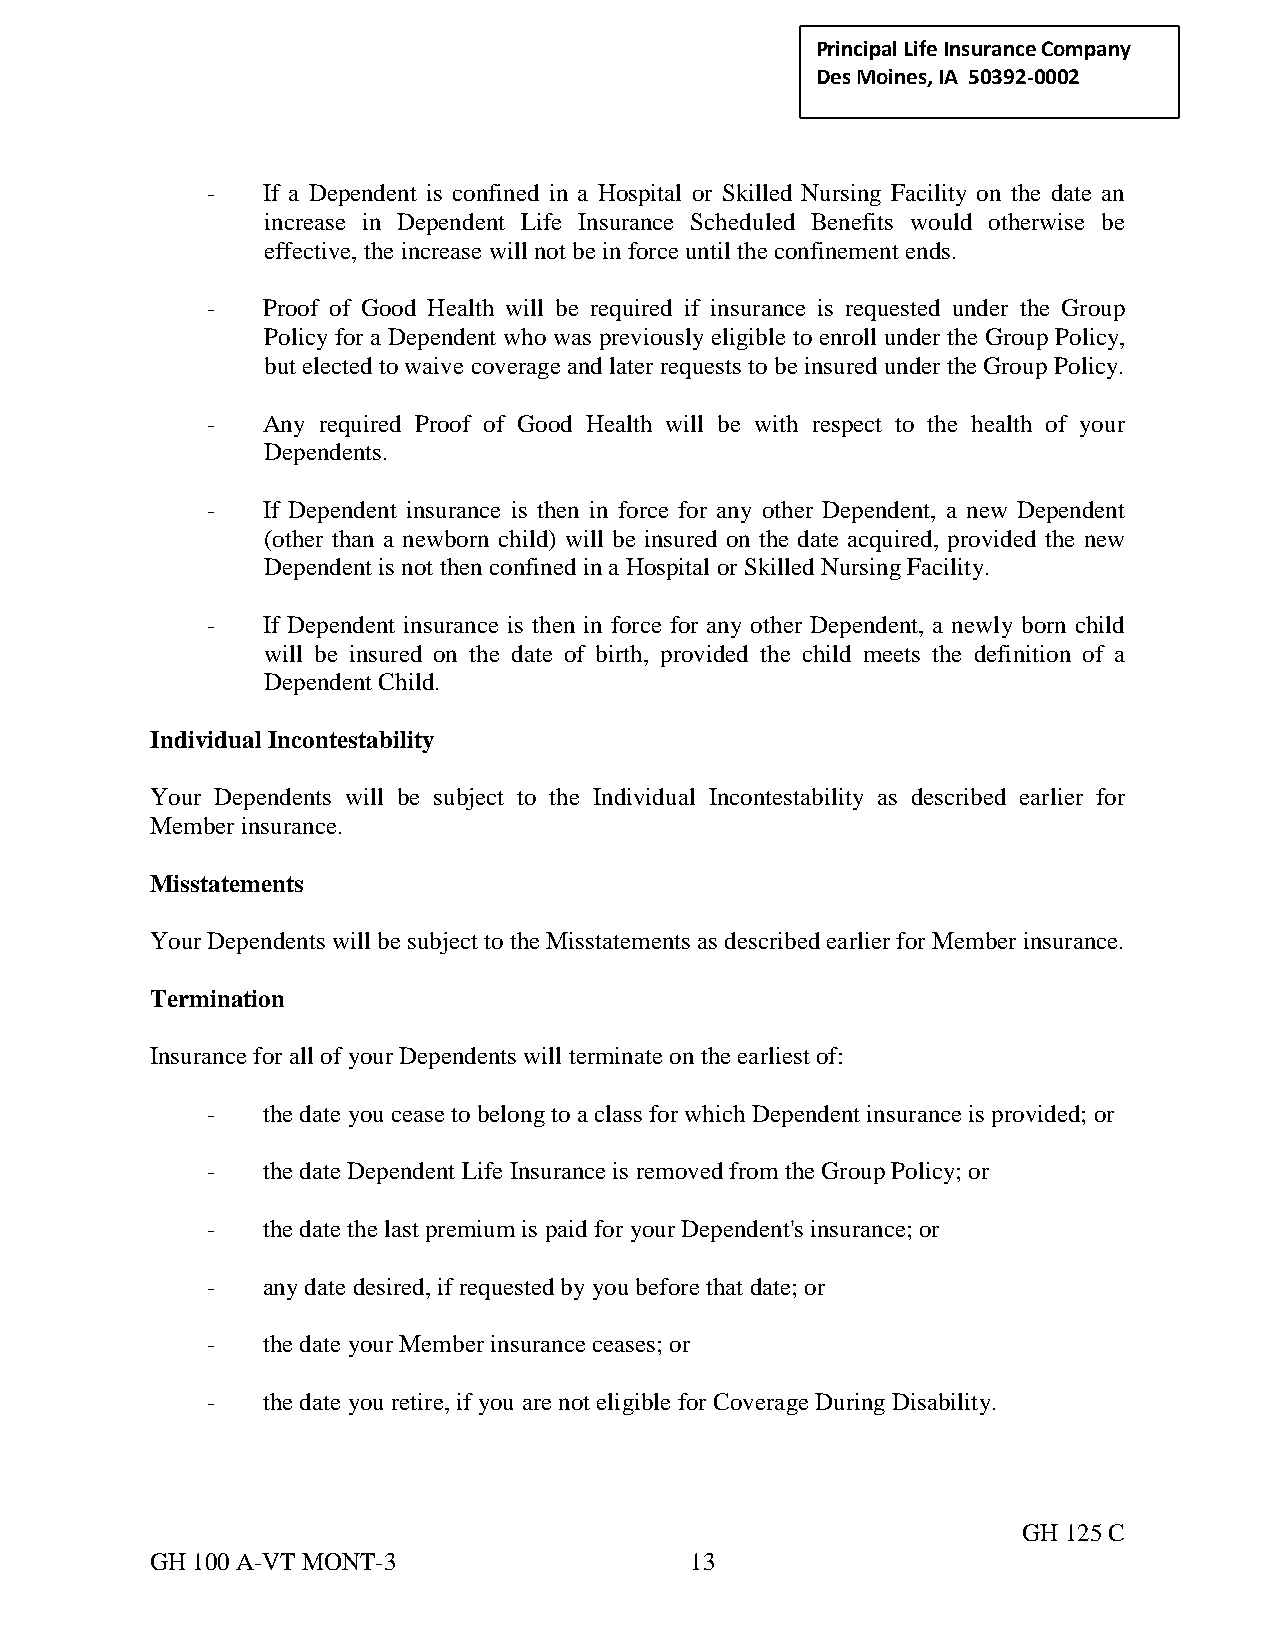
Principal Life Insurance C ompany
 Des Moines, IA 50392-0002
 -  If a Dependent is confined in a Hospital or Skilled Nursing Facility on the date an
 increase in Dependent Life Insurance Scheduled Benefits would otherwise be
 effective, the increase will not be in force until the confinement ends.
 -  Proof of Good Health will be required if insurance is requested under the Group
 Policy for a Dependent who was previously eligible to enroll under the Group Policy,
 but elected to waive coverage and later requests to be insured under the Group Policy.
 -  Any required Proof of Good Health will be with respect to the health of your
 Dependents.
 -  If Dependent insurance is then in force for any other Dependent, a new Dependent
 (other than a newborn child) will be insured on the date acquired, provided the new
 Dependent is not then confined in a Hospital or Skilled Nursing Facility.
 -  If Dependent insurance is then in force for any other Dependent, a newly born child
 will be insured on the date of birth, provided the child meets the definition of a
 Dependent Child.
 Individual Incontestability
 Your Dependents will be subject to the Individual Incontestability as described earlier for
 Member insurance.
 Misstatements
 Your Dependents will be subject to the Misstatements as described earlier for Member insurance.
 Termination
 Insurance for all of your Dependents will terminate on the earliest of:
 -  the date you cease to belong to a class for which Dependent insurance is provided; or
 -  the date Dependent Life Insurance is removed from the Group Policy; or
 -  the date the last premium is paid for your Dependent's insurance; or
 -  any date desired, if requested by you before that date; or
 -  the date your Member insurance ceases; or
 -  the date you retire, if you are not eligible for Coverage During Disability.
 GH 125 C
 GH 100 A-VT MONT-3                  13